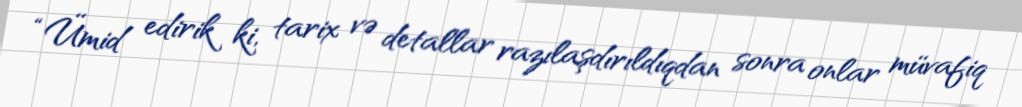
“Ümid edirik ki, tarix və detallar razılaşdırıldıqdan sonra onlar müvafiq